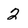
Character: 2